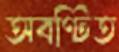
অবণ্টিত